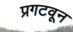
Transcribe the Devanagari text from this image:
प्रगटवून